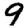
Digit: 9